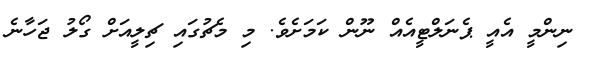
ނިންމީ އެއީ ޕެނަލްޓީއެއް ނޫން ކަމަށެވެ. މި މެޗުގައި ޗިލީއަށް ގޯލު ޖަހާނެ